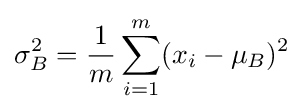
\sigma _{B}^{2}={\frac {1}{m}}\sum _{i=1}^{m}(x_{i}-\mu _{B})^{2}